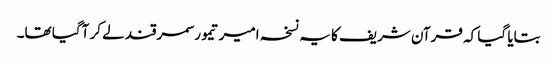
بتایا گیا کہ قرآن شریف کا یہ نسخہ امیر تیمور سمرقند لے کر آگیا تھا۔